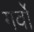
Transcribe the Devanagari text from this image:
गर्वो